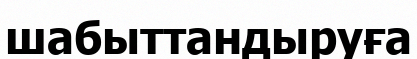
шабыттандыруға